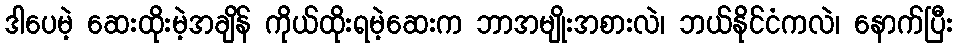
ဒါပေမဲ့ ဆေးထိုးမဲ့အချိန် ကိုယ်ထိုးရမဲ့ဆေးက ဘာအမျိုးအစားလဲ၊ ဘယ်နိုင်ငံကလဲ၊ နောက်ပြီး